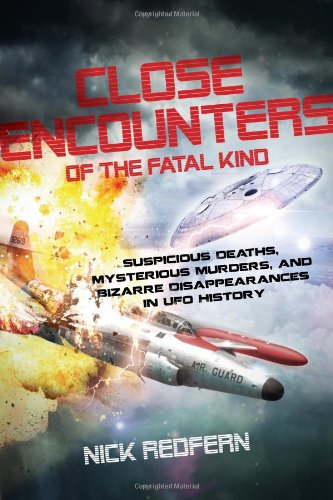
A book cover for Close Encounters of the Fatal Kind: Suspicious Deaths, Mysterious Murders, and Bizarre Disappearances in UFO History; Nick Redfern; Science & Math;